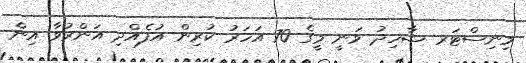
މިނިސްޓަރ ޝާހިދު ވަނީ މީގެ 70 އަހަރު ކުރިން އުފެއްދި އަންރުވާ އިން